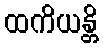
ထကိယန္တိ